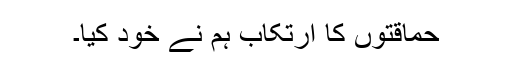
حماقتوں کا ارتکاب ہم نے خود کیا۔